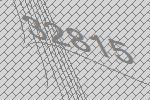
32815